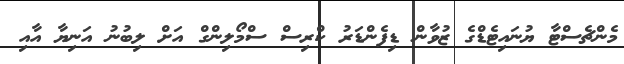
މެންޗެސްޓާ ޔުނައިޓެޑްގެ ޒުވާން ޑިފެންޑަރު ކްރިސް ސްމޯލިންގް އަށް ލިބުނު އަނިޔާ އާއި